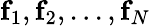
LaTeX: \mathbf{f}_{1},\mathbf{f}_{2},...,\mathbf{f}_{N}